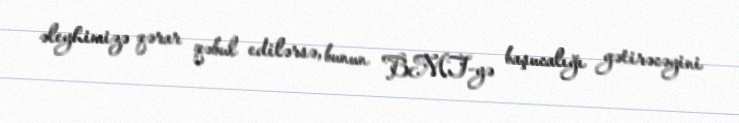
əleyhimizə qərar qəbul edilərsə, bunun BMT-yə başucalığı gətirəcəyini